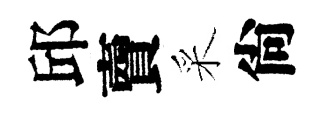
邱𧶠采尙